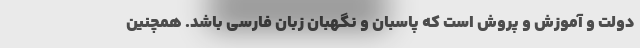
دولت و آموزش و پروش است که پاسبان و نگهبان زبان فارسی باشد. همچنین